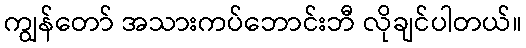
ကျွန်တော် အသားကပ်ဘောင်းဘီ လိုချင်ပါတယ်။